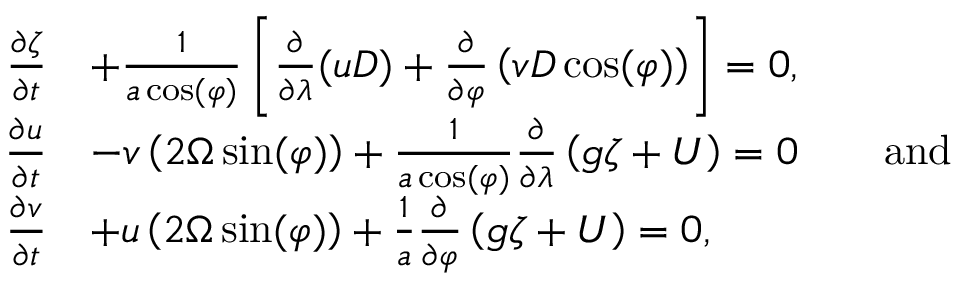
{ \begin{array} { r l } { { \frac { \partial \zeta } { \partial t } } } & { + { \frac { 1 } { a \cos ( \varphi ) } } \left[ { \frac { \partial } { \partial \lambda } } ( u D ) + { \frac { \partial } { \partial \varphi } } \left( v D \cos ( \varphi ) \right) \right] = 0 , } \\ { { \frac { \partial u } { \partial t } } } & { - v \left( 2 \Omega \sin ( \varphi ) \right) + { \frac { 1 } { a \cos ( \varphi ) } } { \frac { \partial } { \partial \lambda } } \left( g \zeta + U \right) = 0 \qquad { \mathrm { a n d } } } \\ { { \frac { \partial v } { \partial t } } } & { + u \left( 2 \Omega \sin ( \varphi ) \right) + { \frac { 1 } { a } } { \frac { \partial } { \partial \varphi } } \left( g \zeta + U \right) = 0 , } \end{array} }